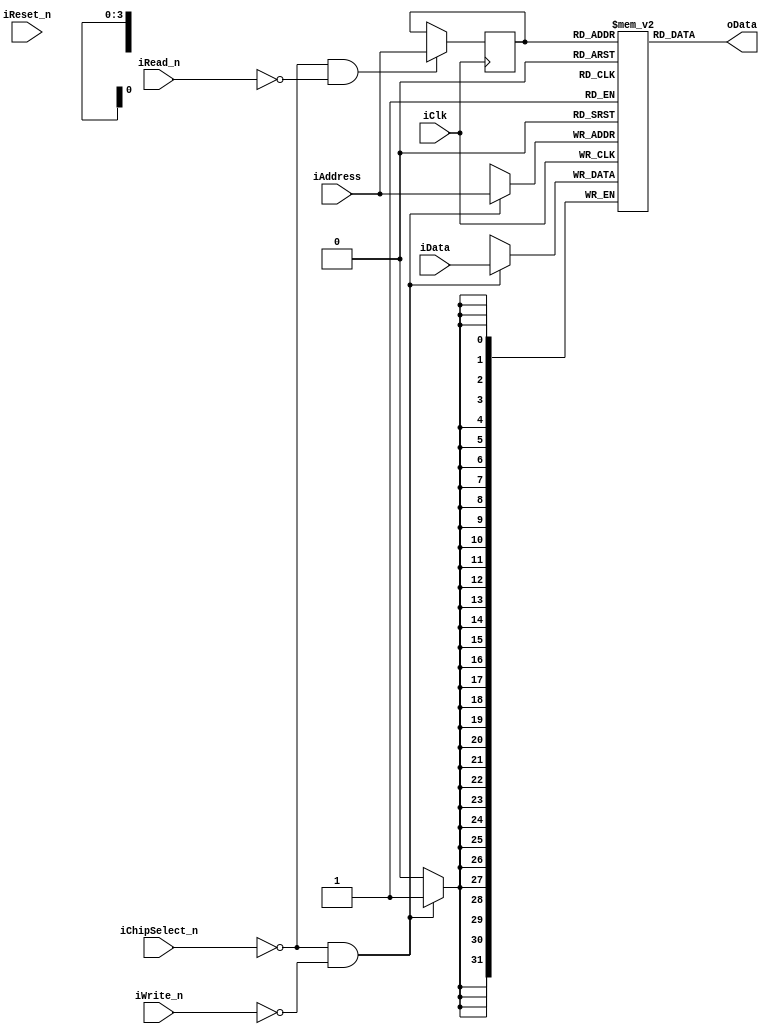
module Memory
#(
parameter DATA_WIDTH = 32,
parameter ADDRESS_WIDTH = 4
) (
input iClk,
input iReset_n,
input iChipSelect_n,
input iRead_n,
input iWrite_n,
input [ADDRESS_WIDTH - 1 : 0] iAddress,
input [DATA_WIDTH - 1 : 0] iData,
output [DATA_WIDTH - 1 : 0] oData
);
reg [DATA_WIDTH - 1 : 0] mem [2**ADDRESS_WIDTH - 1 : 0];
reg [ADDRESS_WIDTH - 1 : 0] address_reg;
always@(posedge iClk)
begin
if (~iChipSelect_n & ~iWrite_n)
begin
mem[iAddress] <= iData;
end
if(~iChipSelect_n & ~iRead_n)
begin
address_reg <= iAddress;
end
end
assign oData = mem[address_reg];
endmodule